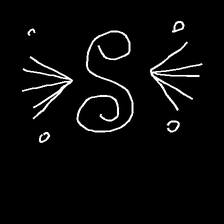
Glyph: aeroform